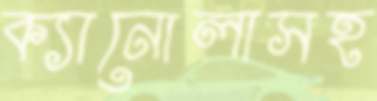
ক্যানোলাসহ